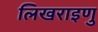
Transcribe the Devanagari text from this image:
लिखराइणु